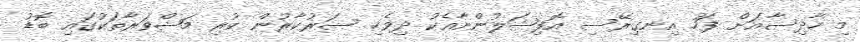
މި ހާދިސާއަށް ފަހު އިނގިރޭސި އޮފިޝަލުންނާއެކު ދިވެހި ސަރުކާރުން ކުރި މަޝްވަރާތަކުގައި ބޮޑު